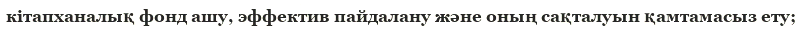
кітапханалық фонд ашу, эффектив пайдалану және оның сақталуын қамтамасыз ету;